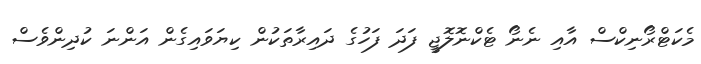
މެކަޓްރޯނިކްސް އާއި ނެނޯ ޓެކްނޮލޮޖީ ފަދަ ފަހުގެ ދައިރާތަކުން ކިޔަވައިގެން އަންނަ ކުދިންވެސް